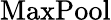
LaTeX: \operatorname{MaxPool}